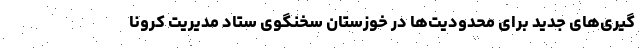
گیری‌های جدید برای محدودیت‌ها در خوزستان سخنگوی ستاد مدیریت کرونا